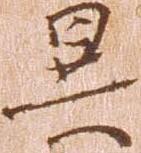
異